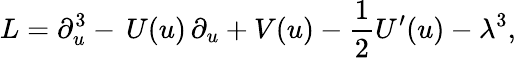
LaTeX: L=\partial_{u}^{3}-\, U(u)\, \partial_{u}+V(u)-\frac{1}{2}U^{\prime}(u)-\lambda^{3},